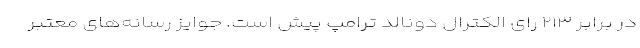
در برابر ۲۱۳ رای الکترال دونالد ترامپ پیش است. جوایز رسانه‌های معتبر